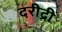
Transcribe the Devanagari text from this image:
दरीद्री